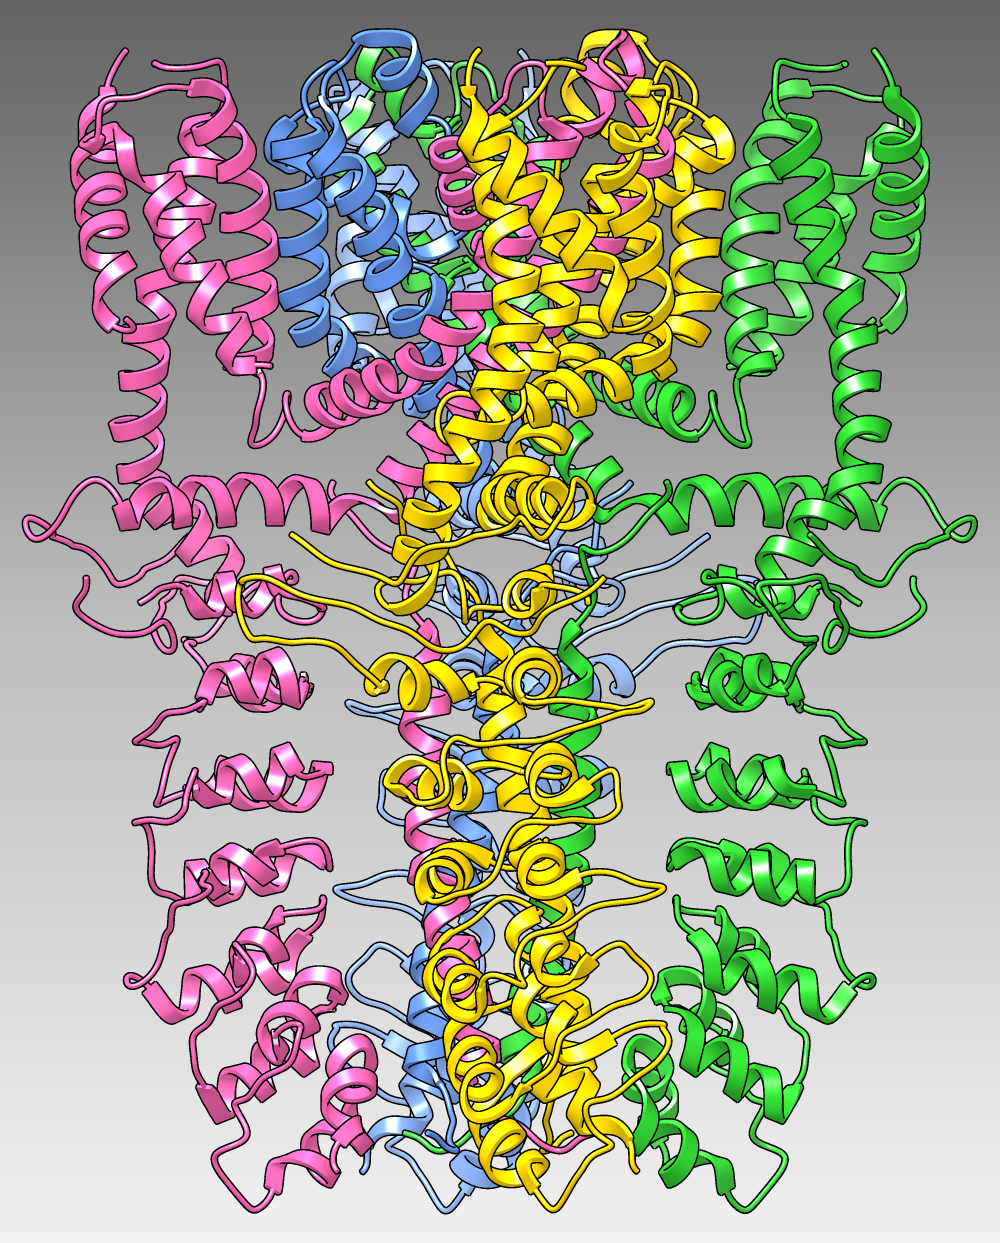
chimera, edged ribbons